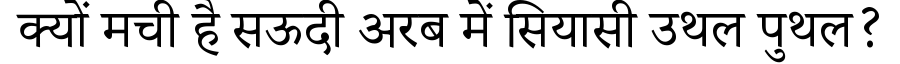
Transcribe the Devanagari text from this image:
क्यों मची है सऊदी अरब में सियासी उथल पुथल?